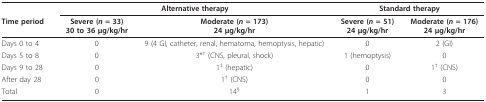
<table><thead><tr><td></td><td colspan="2"><b>Alternative therapy</b></td><td colspan="2"><b>Standard therapy</b></td></tr><tr><td><b>Time period</b></td><td><b>Severe (<i>n </i>= 33)30 to 36 μg/kg/hr</b></td><td><b>Moderate (<i>n </i>= 173)24 μg/kg/hr</b></td><td><b>Severe (<i>n </i>= 51)24 μg/kg/hr</b></td><td><b>Moderate (<i>n </i>= 176)24 μg/kg/hr</b></td></tr></thead><tbody><tr><td>Days 0 to 4</td><td>0</td><td>9 (4 GI, catheter, renal, hematoma, hemoptysis, hepatic)</td><td>0</td><td>2 (GI)</td></tr><tr><td>Days 5 to 8</td><td>0</td><td>3*<sup>†</sup> (CNS, pleural, shock)</td><td>1 (hemoptysis)</td><td>0</td></tr><tr><td>Days 9 to 28</td><td>0</td><td>1<sup>‡</sup> (hepatic)</td><td>0</td><td>1<sup>†</sup> (CNS)</td></tr><tr><td>After day 28</td><td>0</td><td>1<sup>†</sup> (CNS)</td><td>0</td><td>0</td></tr><tr><td>Total</td><td>0</td><td>14<sup>§</sup></td><td>1</td><td>3</td></tr></tbody></table>